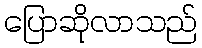
ပြောဆိုလာသည်